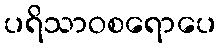
ပရိသာဝစရောပေ